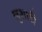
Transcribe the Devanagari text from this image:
लुशारी